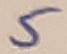
Text: 5